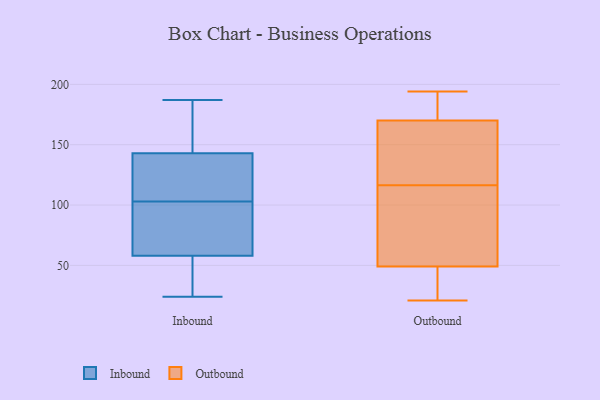
{"axis": {"x": "Demand Index", "y": "Value"}, "legend": ["Inbound", "Outbound"], "data": [{"x": "", "y": 115, "type": "Inbound"}, {"x": "", "y": 54, "type": "Inbound"}, {"x": "", "y": 125, "type": "Inbound"}, {"x": "", "y": 91, "type": "Inbound"}, {"x": "", "y": 175, "type": "Inbound"}, {"x": "", "y": 143, "type": "Inbound"}, {"x": "", "y": 187, "type": "Inbound"}, {"x": "", "y": 24, "type": "Inbound"}, {"x": "", "y": 31, "type": "Inbound"}, {"x": "", "y": 133, "type": "Inbound"}, {"x": "", "y": 58, "type": "Inbound"}, {"x": "", "y": 163, "type": "Inbound"}, {"x": "", "y": 75, "type": "Inbound"}, {"x": "", "y": 76, "type": "Inbound"}, {"x": "", "y": 45, "type": "Outbound"}, {"x": "", "y": 45, "type": "Outbound"}, {"x": "", "y": 131, "type": "Outbound"}, {"x": "", "y": 194, "type": "Outbound"}, {"x": "", "y": 36, "type": "Outbound"}, {"x": "", "y": 116, "type": "Outbound"}, {"x": "", "y": 189, "type": "Outbound"}, {"x": "", "y": 21, "type": "Outbound"}, {"x": "", "y": 164, "type": "Outbound"}, {"x": "", "y": 125, "type": "Outbound"}, {"x": "", "y": 60, "type": "Outbound"}, {"x": "", "y": 117, "type": "Outbound"}, {"x": "", "y": 176, "type": "Outbound"}, {"x": "", "y": 87, "type": "Outbound"}, {"x": "", "y": 53, "type": "Outbound"}, {"x": "", "y": 192, "type": "Outbound"}]}